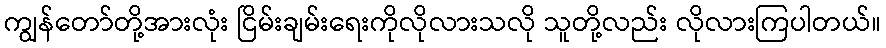
ကျွန်တော်တို့အားလုံး ငြိမ်းချမ်းရေးကိုလိုလားသလို သူတို့လည်း လိုလားကြပါတယ်။